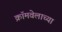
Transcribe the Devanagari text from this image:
क्रॉमवेलाच्या